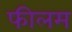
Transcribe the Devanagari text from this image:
फीलम